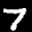
Label: 7